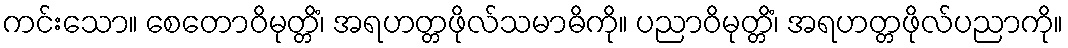
ကင်းသော။ စေတောဝိမုတ္တိံ၊ အရဟတ္တဖိုလ်သမာဓိကို။ ပညာဝိမုတ္တိံ၊ အရဟတ္တဖိုလ်ပညာကို။